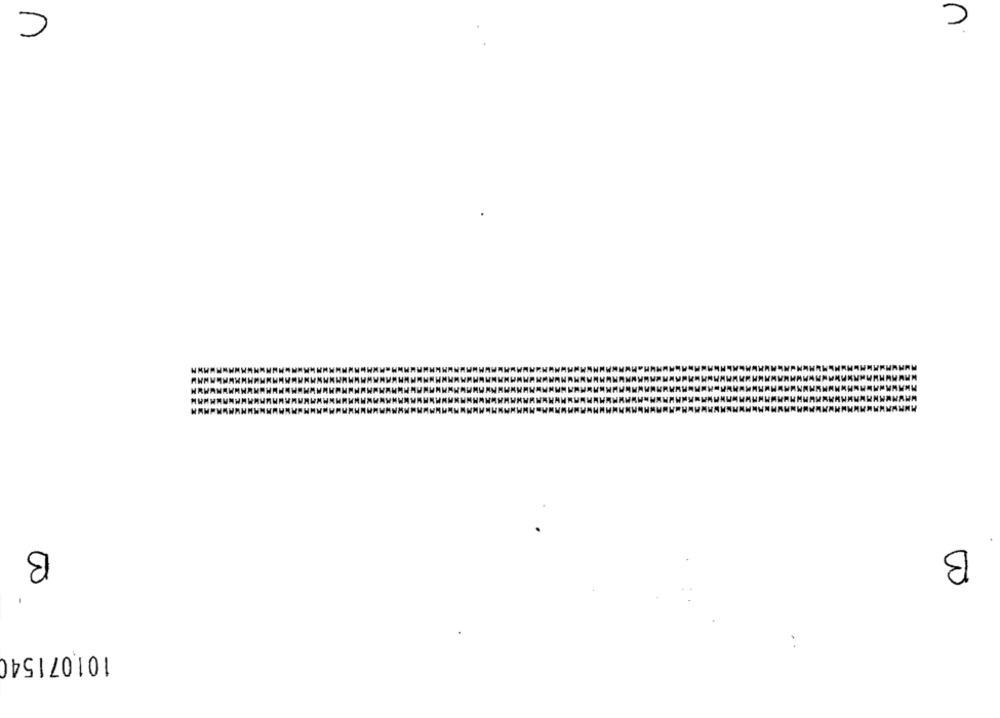
B
B
101071540